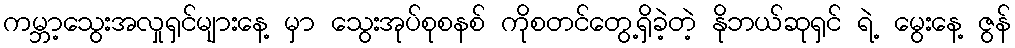
ကမ္ဘာ့သွေးအလှုရှင်များနေ့ မှာ သွေးအုပ်စုစနစ် ကိုစတင်တွေ့ရှိခဲ့တဲ့ နိုဘယ်ဆုရှင် ရဲ့ မွေးနေ့ ဇွန်